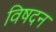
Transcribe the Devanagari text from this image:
विषदन